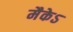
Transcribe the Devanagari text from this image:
मैकेऽ